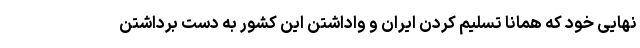
نهایی خود که همانا تسلیم کردن ایران و واداشتن این کشور به دست برداشتن